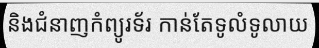
និងជំនាញកំព្យូរទ័រ កាន់តែទូលំទូលាយ